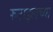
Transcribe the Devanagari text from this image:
रुटाइलच्या